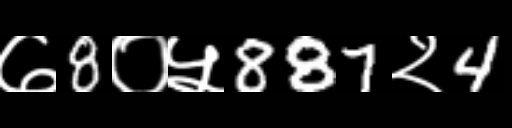
Text: ७8०५887२4